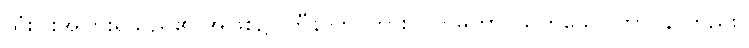
သုံးပါးအပြားရှိသည်၏ အဖြစ်၌။ ဟီနာတိ၊ ကား။ လာမကာ၊ ယုတ်သော ဘာဝနာတည်း။